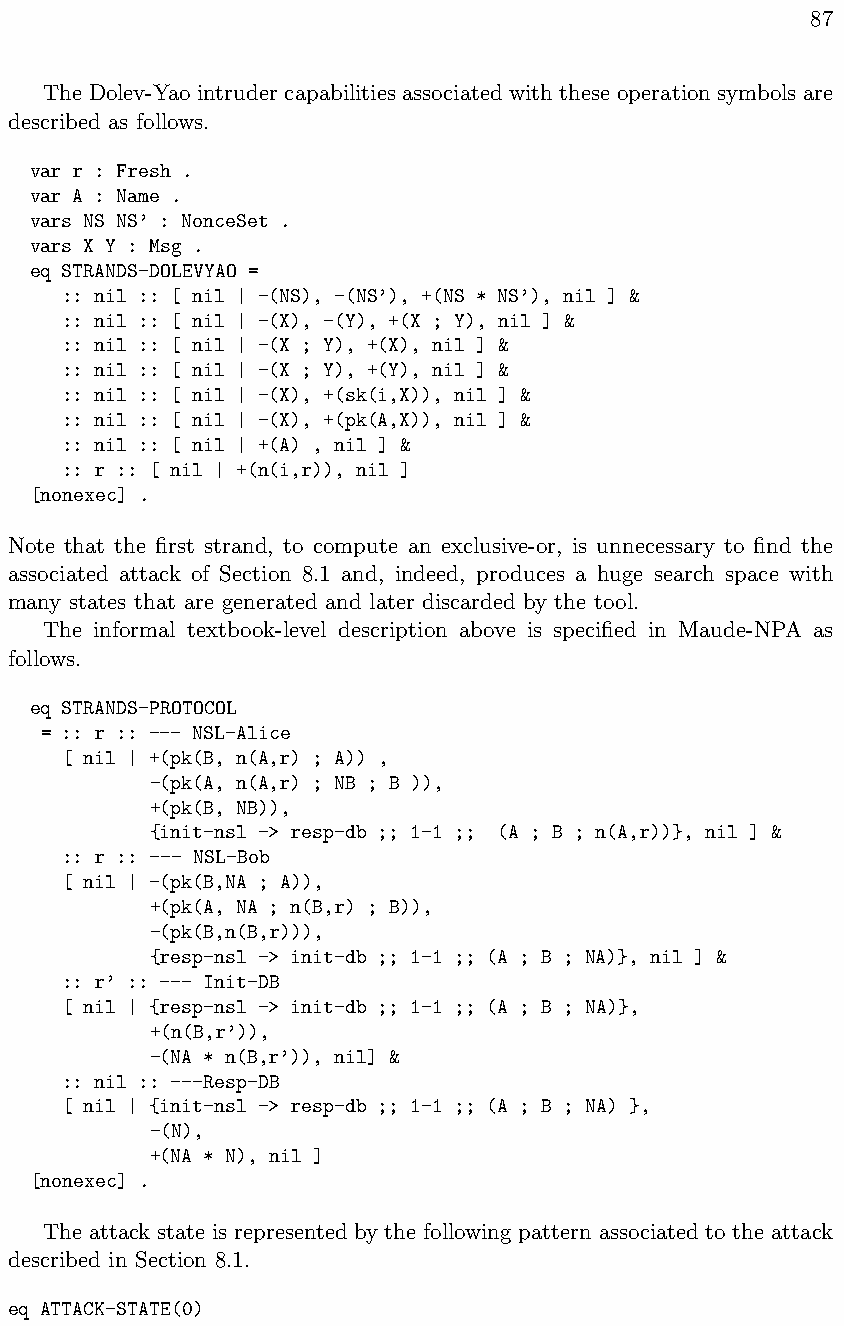
87
 The Dolev-Yao intruder capabilities associated with these operation symbols are
 described as follows.
 var r : Fresh .
 var A : Name .
 vars NS NS’ : NonceSet .
 vars X Y : Msg .
 eq STRANDS-DOLEVYAO =
 :: nil :: [ nil | -(NS), -(NS’), +(NS * NS’), nil ] &
 :: nil :: [ nil | -(X), -(Y), +(X ; Y), nil ] &
 :: nil :: [ nil | -(X ; Y), +(X), nil ] &
 :: nil :: [ nil | -(X ; Y), +(Y), nil ] &
 :: nil :: [ nil | -(X), +(sk(i,X)), nil ] &
 :: nil :: [ nil | -(X), +(pk(A,X)), nil ] &
 :: nil :: [ nil | +(A) , nil ] &
 :: r :: [ nil | +(n(i,r)), nil ]
 [nonexec] .
 Note that the first strand, to compute an exclusive-or, is unnecessary to find the
 associated attack of Section 8.1 and, indeed, produces a huge search space with
 many states that are generated and later discarded by the tool.
 The informal textbook-level description above is specified in Maude-NPA as
 follows.
 eq STRANDS-PROTOCOL
 = :: r :: --- NSL-Alice
 [ nil | +(pk(B, n(A,r) ; A)) ,
 -(pk(A, n(A,r) ; NB ; B )),
 +(pk(B, NB)),
 {init-nsl -> resp-db ;; 1-1 ;; (A ; B ; n(A,r))}, nil ] &
 :: r :: --- NSL-Bob
 [ nil | -(pk(B,NA ; A)),
 +(pk(A, NA ; n(B,r) ; B)),
 -(pk(B,n(B,r))),
 {resp-nsl -> init-db ;; 1-1 ;; (A ; B ; NA)}, nil ] &
 :: r’ :: --- Init-DB
 [ nil | {resp-nsl -> init-db ;; 1-1 ;; (A ; B ; NA)},
 +(n(B,r’)),
 -(NA * n(B,r’)), nil] &
 :: nil :: ---Resp-DB
 [ nil | {init-nsl -> resp-db ;; 1-1 ;; (A ; B ; NA) },
 -(N),
 +(NA * N), nil ]
 [nonexec] .
 The attack state is represented by the following pattern associated to the attack
 described in Section 8.1.
 eq ATTACK-STATE(0)